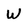
Character: W